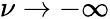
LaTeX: \nu\to-\infty